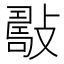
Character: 𢿟